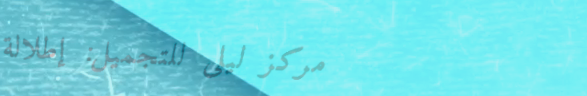
مركز ليلى للتجميل: إطلالة